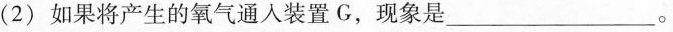
(2)如果将产生的氧气通入装置G，现象是___。